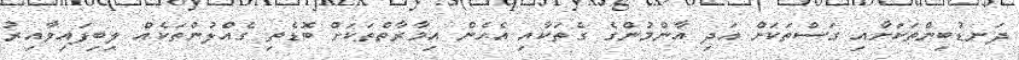
ދަނޑުބިންތަކަށާއި ގަސްތަކަށް އަދި އާންމުންގެ ގެތަކާއި އެހެން އިމާރާތްތަކަށް ބޮޑެތި ގެއްލުންތަކެއް ލިބިފައިވާއިރު